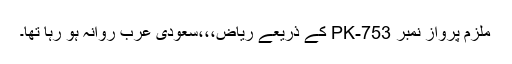
ملزم پرواز نمبر PK-753 کے ذریعے ریاض،،،سعودی عرب روانہ ہو رہا تھا۔